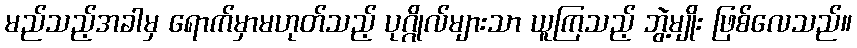
မည်သည့်အခါမှ ရောက်မှာမဟုတ်သည့် ပုဂ္ဂိုလ်များသာ ယူကြသည့် ဘွဲ့မျိုး ဖြစ်လေသည်။